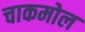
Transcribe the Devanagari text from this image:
चाकमोल